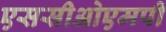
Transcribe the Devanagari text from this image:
एससीओएमपी